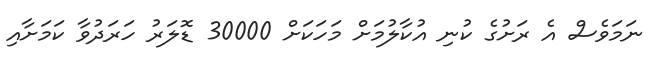
ނަމަވެސް އެ ރަށުގެ ކުނި އުކާލުމަށް މަހަކަށް 30000 ޑޮލަރު ހަރަދުވާ ކަމަށާއި